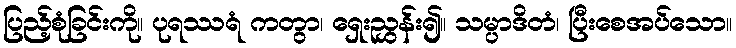
ပြည့်စုံခြင်းကို။ ပုရဿရံ ကတွာ၊ ရှေးညွှန်း၍။ သမ္ပာဒိတံ၊ ပြီးစေအပ်သော။